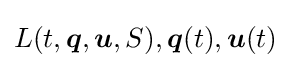
L(t,{\boldsymbol {q}},{\boldsymbol {u}},S),{\boldsymbol {q}}(t),{\boldsymbol {u}}(t)